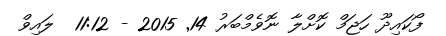
ފޯކައިދޫ ހަޖަމް ކޮށްލާ ނޮވެމްބަރު 14